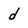
Character: d